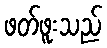
ဖတ်ဖူးသည်